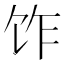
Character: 𫗢